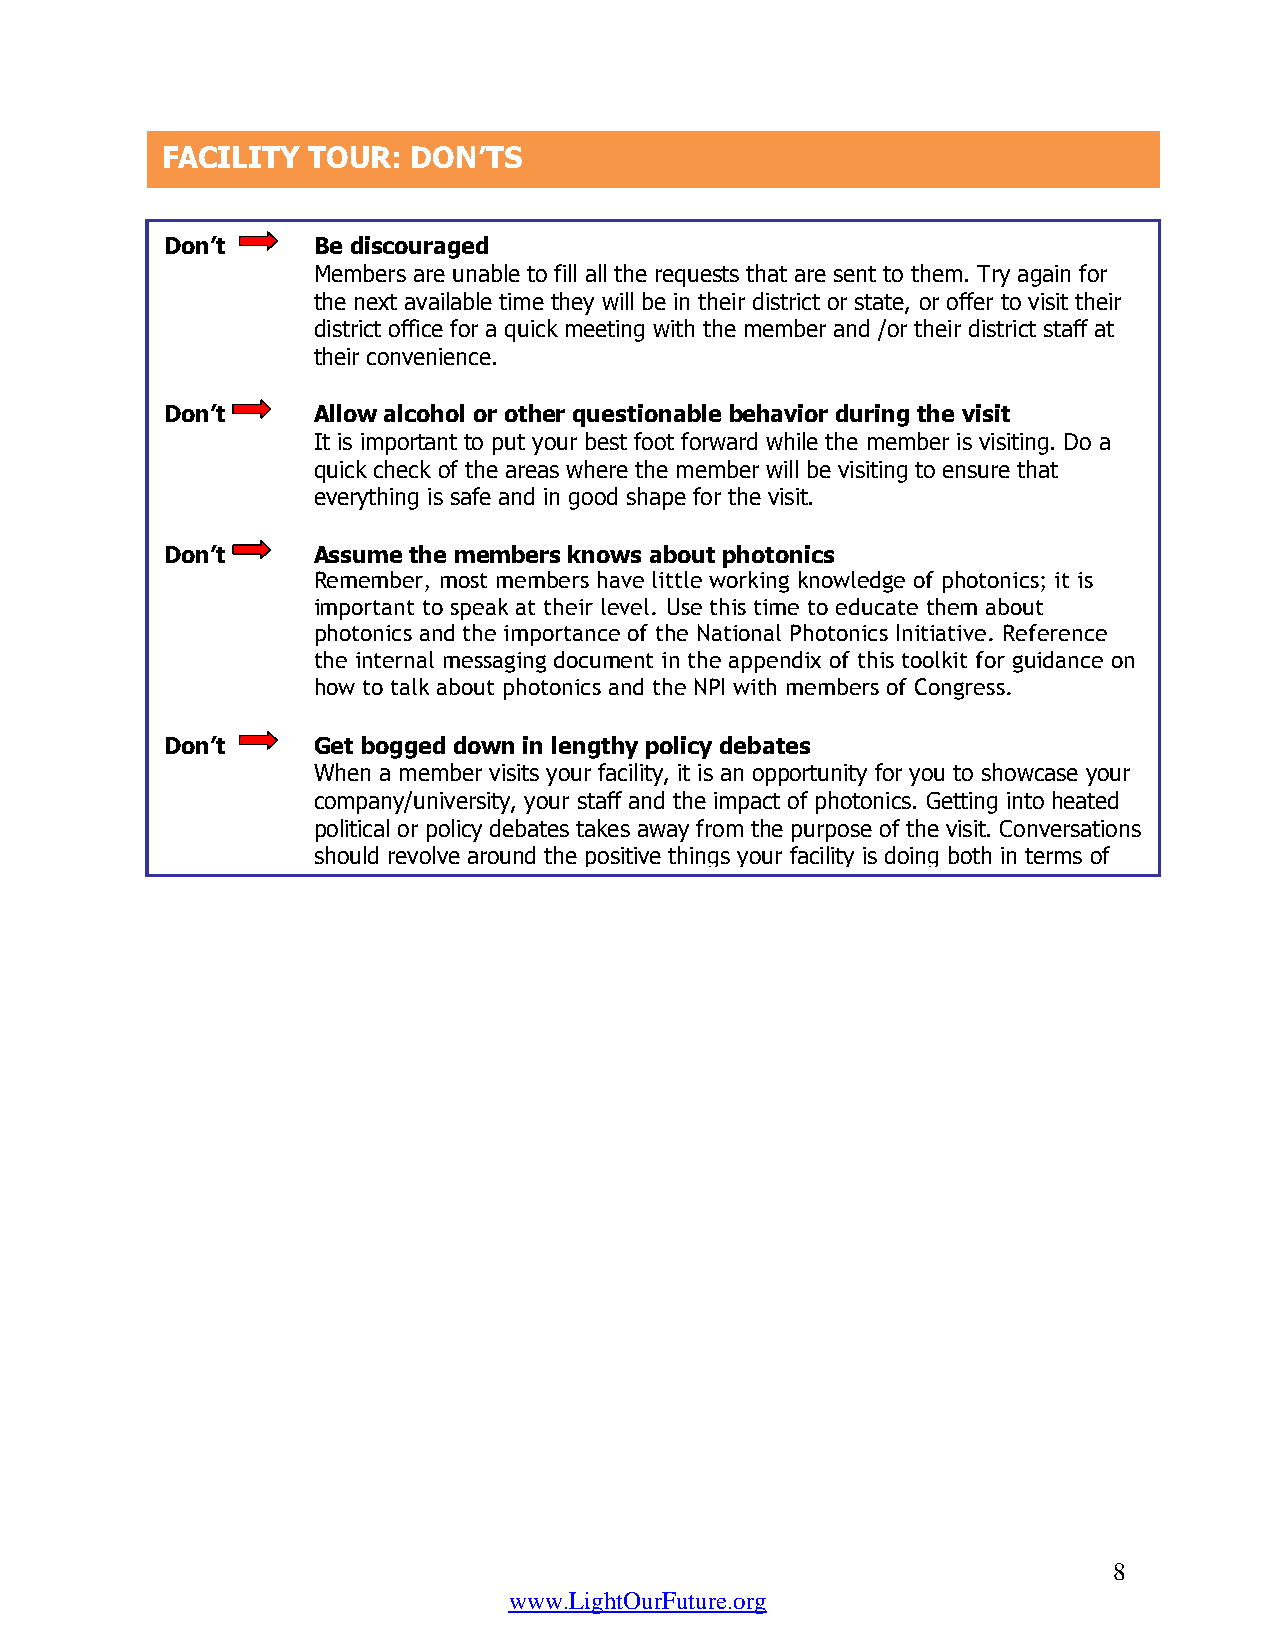
FACILITY TOUR:  DON’TS
 Don’t     Be discouraged
 Members are unable to fill all the requests that are sent to them. Try again for
 the next available time they will be in their district or state, or offer to visit their
 district office for a quick meeting with the member and /or their district staff at
 their convenience.
 Don’t     Allow alcohol or other questionable behavior during the visit
 It is important to put your best foot forward while the member is visiting. Do a
 quick check of the areas where the member will be visiting to ensure that
 everything is safe and in good shape for the visit.
 Don’t     Assume the members knows about photonics
 Remember, most members have little working knowledge of photonics; it is
 important to speak at their level. Use this time to educate them about
 photonics and the importance of the National Photonics Initiative. Reference
 the internal messaging document in the appendix of this toolkit for guidance on
 how to talk about photonics and the NPI with members of Congress.
 Don’t     Get bogged down in lengthy policy debates
 When a member visits your facility, it is an opportunity for you to showcase your
 company/university, your staff and the impact of photonics. Getting into heated
 political or policy debates takes away from the purpose of the visit. Conversations
 should revolve around the positive things your facility is doing both in terms of
 solving the challenges of a modern world through photonics.
 8
 www.LightOurFuture.org